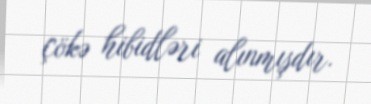
çökə hibidləri alınmışdır.